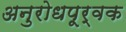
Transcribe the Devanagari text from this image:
अनुरोधपूर्वक